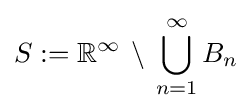
S:=\mathbb {R} ^{\infty }\,\setminus \,\bigcup _{n=1}^{\infty }B_{n}